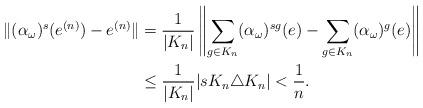
LaTeX: \begin{align*}\| (\alpha_\omega)^s(e^{(n)}) - e^{(n)}\| &= \frac{1}{|K_n|}\left\| \sum_{g\in K_n}(\alpha_\omega)^{sg}(e) - \sum_{g\in K_n}(\alpha_\omega)^g(e) \right\| \\&\leq \frac{1}{|K_n|}|sK_n\triangle K_n| < \frac{1}{n}.\end{align*}